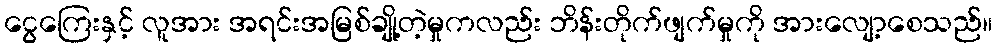
ငွေကြေးနှင့် လူအား အရင်းအမြစ်ချို့တဲ့မှုကလည်း ဘိန်းတိုက်ဖျက်မှုကို အားလျော့စေသည်။